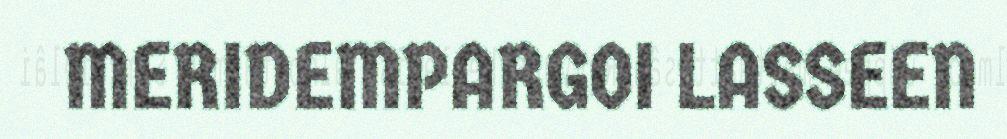
MERIDEMPARGOI LASSEEN